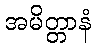
အမိတ္တာနံ